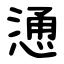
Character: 慂